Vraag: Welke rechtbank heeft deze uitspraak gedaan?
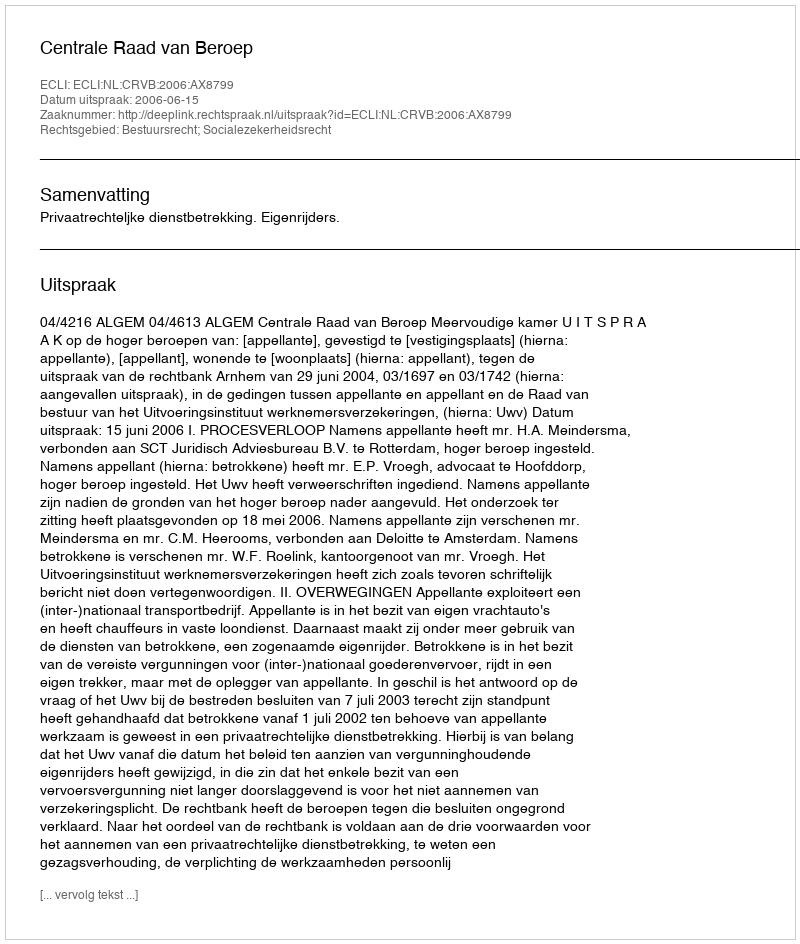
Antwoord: Centrale Raad van Beroep